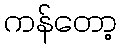
ကန်တော့